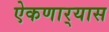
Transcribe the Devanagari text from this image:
ऐकणार्‍यास